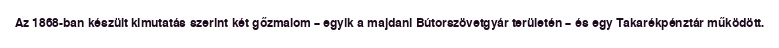
Az 1868-ban készült kimutatás szerint két gőzmalom – egyik a majdani Bútorszövetgyár területén – és egy Takarékpénztár működött.